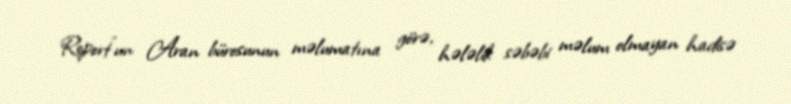
Report"un Aran bürosunun məlumatına görə, hələlik səbəbi məlum olmayan hadisə